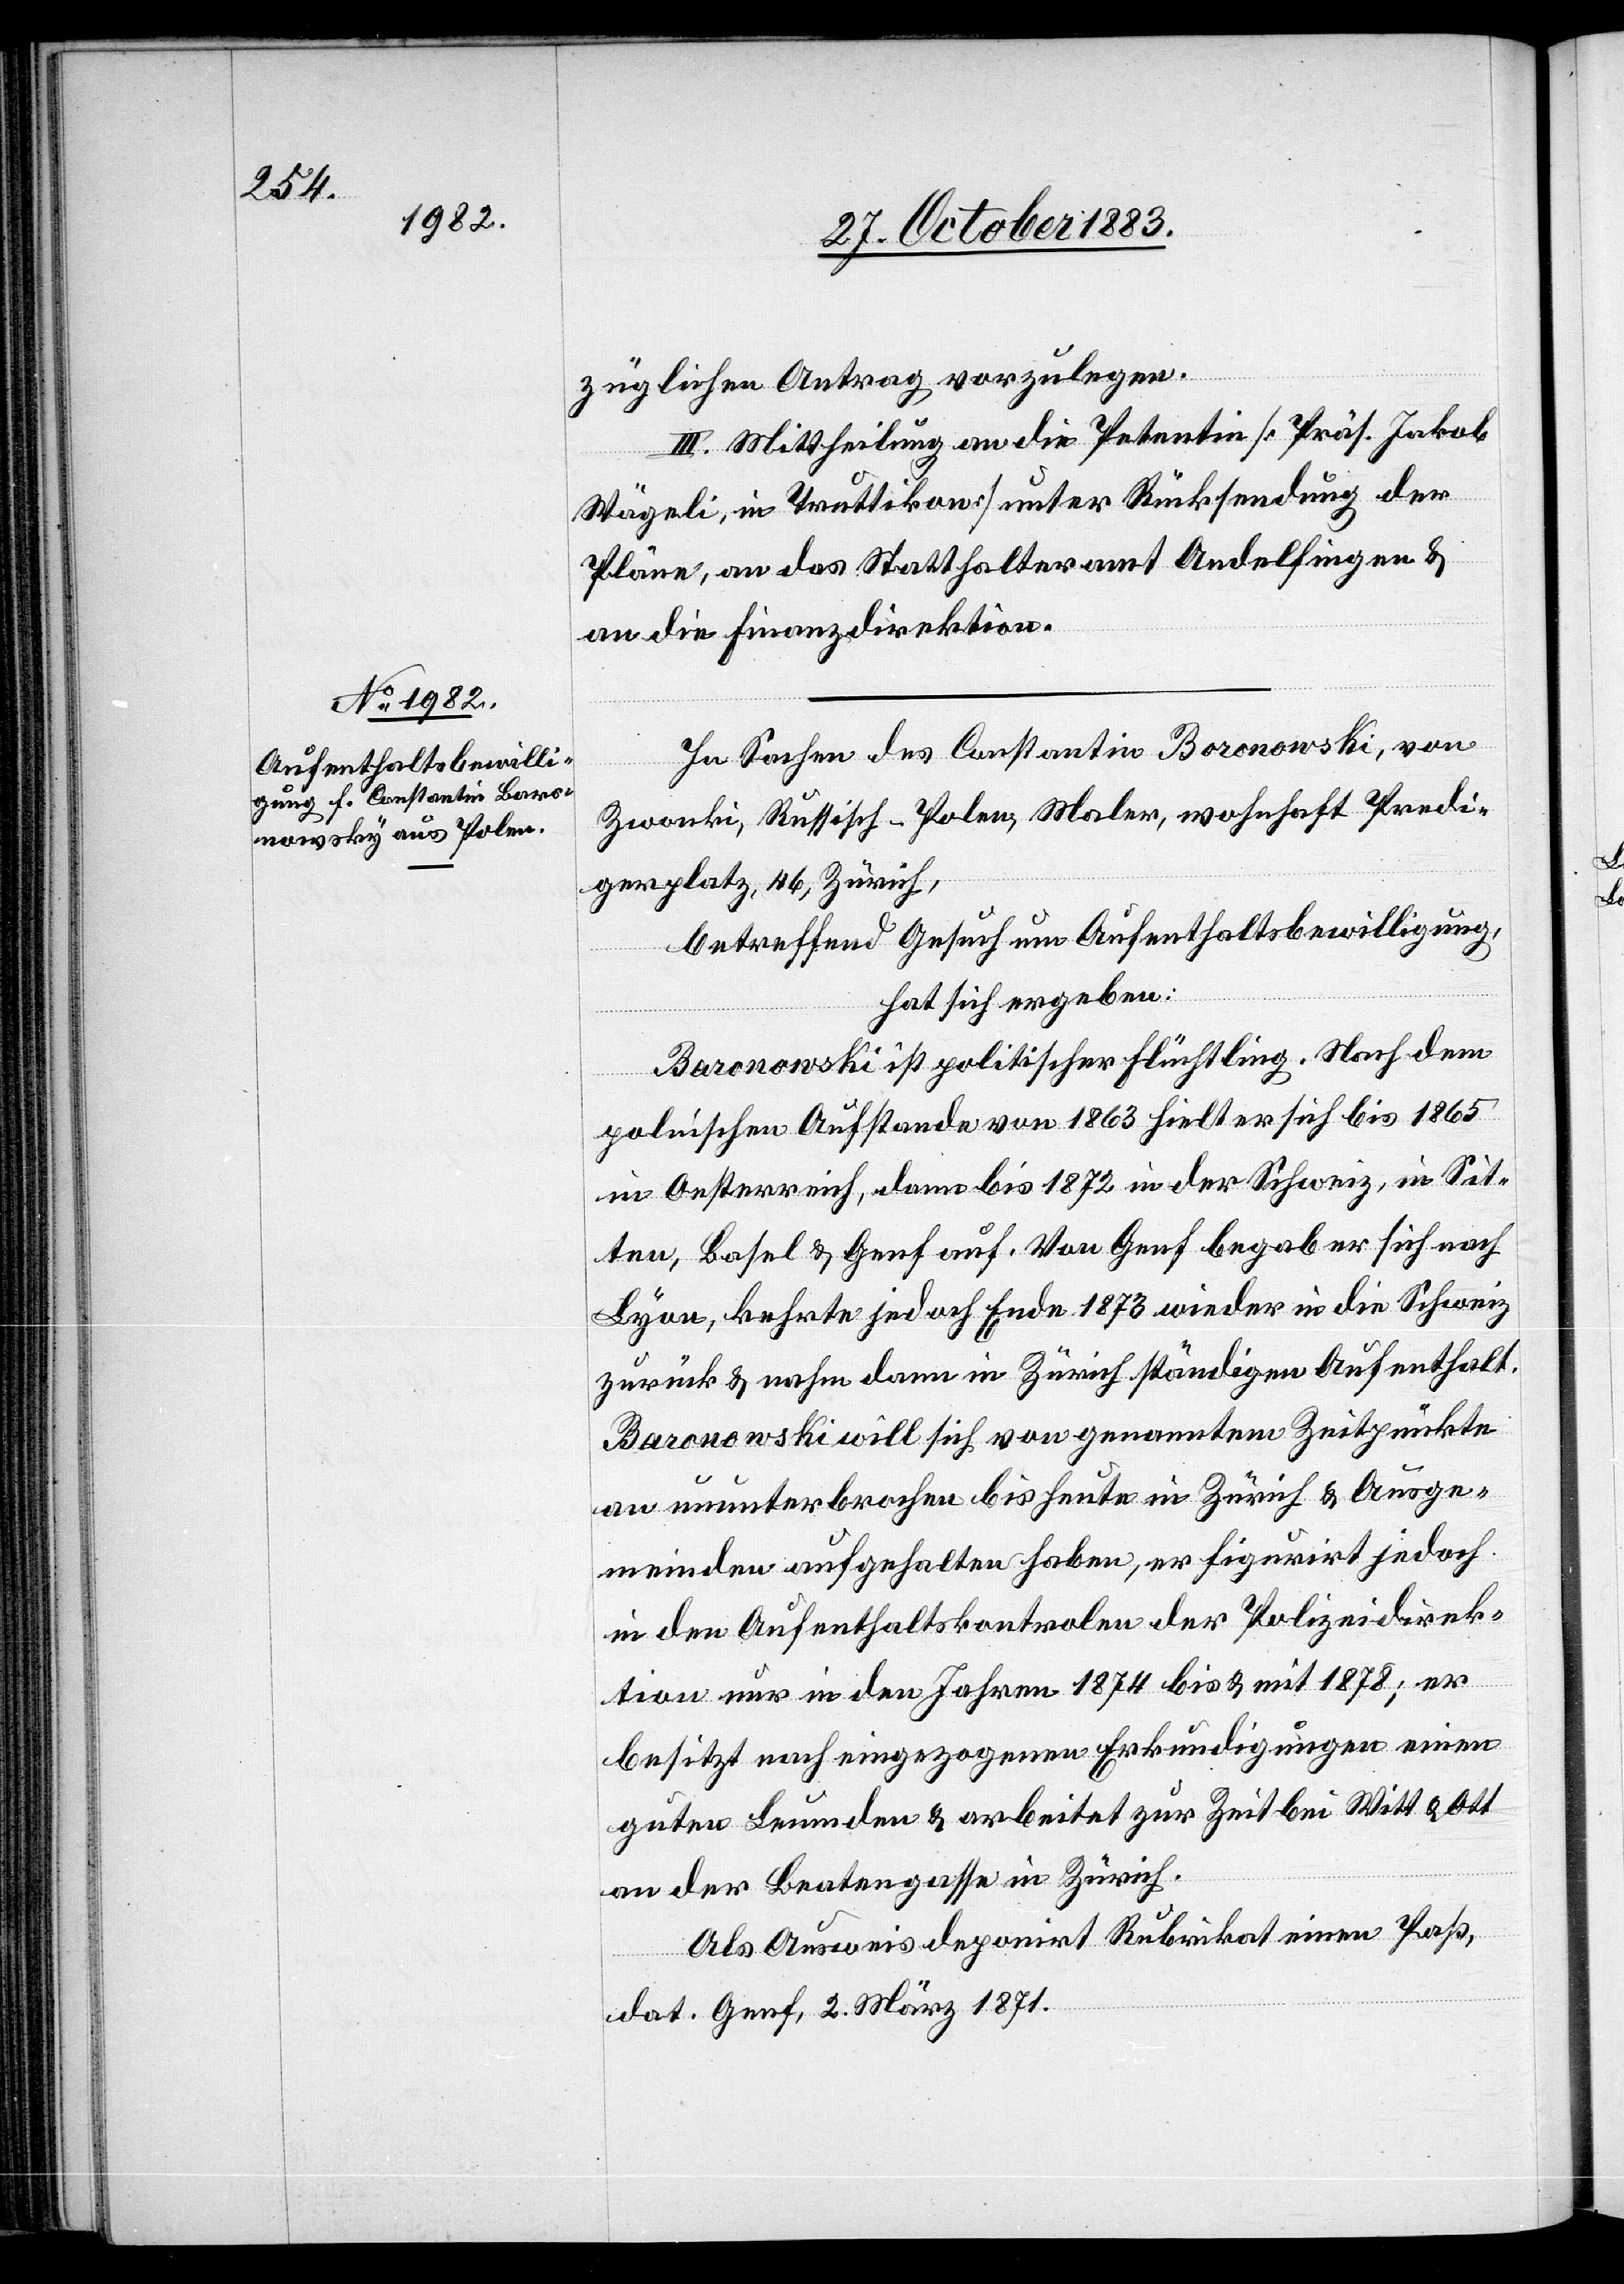
züglichen Antrag vorzulegen.
III. Mittheilung an die Petentin [Präs. Jakob
Wägeli, in Truttikon] unter Rücksendung der
Pläne, an das Statthalteramt Andelfingen &
an die Finanzdirektion.
In Sachen des Constantin Boronowski [sic!], von
Zwonki, Russisch-Polen, Maler, wohnhaft Predi¬
gerplatz, 46, Zürich,
betreffend Gesuch um Aufenthaltsbewilligung,
hat sich ergeben:
Baronowski ist politischer Flüchtling. Nach dem
polnischen Aufstande von 1863 hielt er sich bis 1865
in Oesterreich, dann bis 1872 in der Schweiz, in Sit¬
ten, Basel & Genf auf. Von Genf begab er sich nach
Lyon, kehrte jedoch Ende 1873 wieder in die Schweiz
zurück & nahm dann in Zürich ständigen Aufenthalt.
Baronowski will sich von genanntem Zeitpunkte
an ununterbrochen bis heute in Zürich & Ausge¬
meinden aufgehalten haben, er figurirt jedoch
in den Aufenthaltskontrolen der Polizeidirek¬
tion nur in den Jahren 1874 bis & mit 1878; er
besitzt nach eigezogenen Erkundigungen einen
guten Leumden & arbeitet zur Zeit bei Witt & Ott
an der Beatengasse in Zürich.
Als Ausweis deponirt Rubrikat einen Paß,
dat. Genf, 2. März 1871.